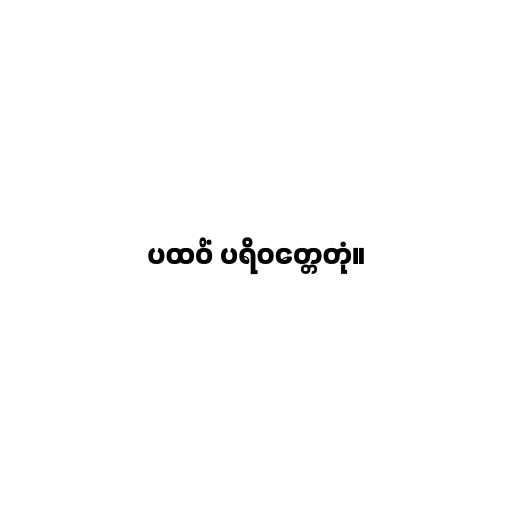
ပထဝိံ ပရိဝတ္တေတုံ။